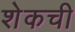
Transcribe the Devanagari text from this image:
शेकची